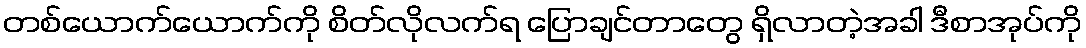
တစ်ယောက်ယောက်ကို စိတ်လိုလက်ရ ပြောချင်တာတွေ ရှိလာတဲ့အခါ ဒီစာအုပ်ကို